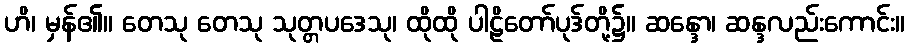
ဟိ၊ မှန်၏။ တေသု တေသု သုတ္တပဒေသု၊ ထိုထို ပါဠိတော်ပုဒ်တို့၌။ ဆန္ဒော၊ ဆန္ဒလည်းကောင်း။